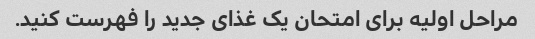
مراحل اولیه برای امتحان یک غذای جدید را فهرست کنید.